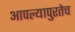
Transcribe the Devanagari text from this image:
आपल्यापुरतेच